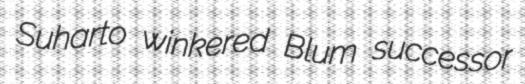
Suharto winkered Blum successor